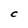
Character: C